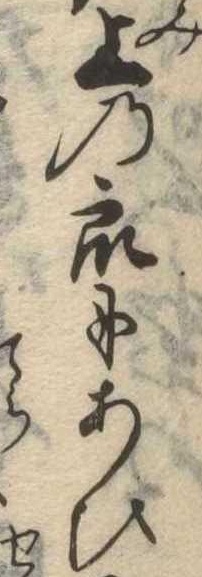
上の衆にあひ